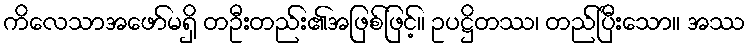
ကိလေသာအဖော်မရှိ တဦးတည်း၏အဖြစ်ဖြင့်။ ဥပဋ္ဌိတဿ၊ တည်ပြီးသော။ အဿ